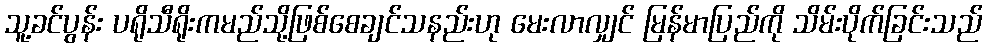
သူ့ခင်ပွန်း ပရိုသီရိုးကမည်သို့ဖြစ်စေချင်သနည်းဟု မေးလာလျှင် မြန်မာပြည်ကို သိမ်းပိုက်ခြင်းသည်